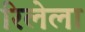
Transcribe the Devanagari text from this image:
रिलेला